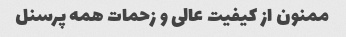
ممنون از کیفیت عالی و زحمات همه پرسنل